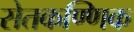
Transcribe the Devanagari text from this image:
सेतकण्णिक